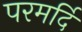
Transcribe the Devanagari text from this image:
परमर्दि